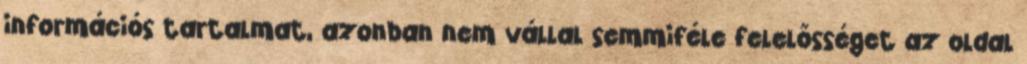
információs tartalmat, azonban nem vállal semmiféle felelősséget az oldal